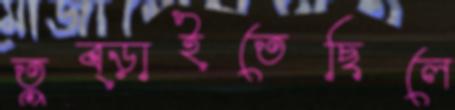
তুব্‌ড়াইতেছিলে